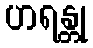
ဟရန္တု